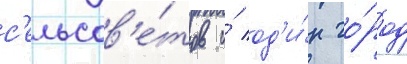
с'ельсов'е́тов и́ од'и́н го́род